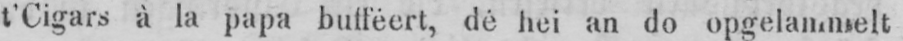
t’Cigars à la papa bufféert, dé hei an do opgelammelt